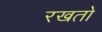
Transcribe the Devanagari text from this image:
रखतो